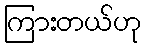
ကြားတယ်ဟု